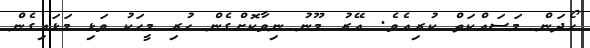
ހޯދަން މަސައްކަތް ކުރިއެވެ. އޭރު މޫނު ނިވާކޮށްގެން ހުރި މީހަކު ވަޅި މަޅައިގެން